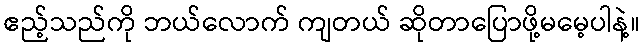
ဧည့်သည်ကို ဘယ်လောက် ကျတယ် ဆိုတာပြောဖို့မမေ့ပါနဲ့။